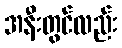
အနီးတွင်လည်း